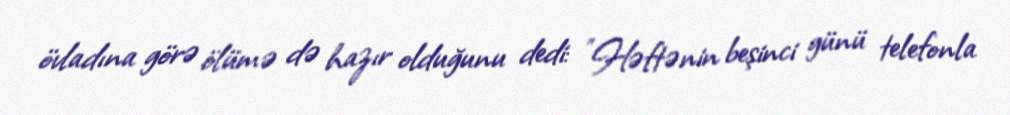
övladına görə ölümə də hazır olduğunu dedi: "Həftənin beşinci günü telefonla